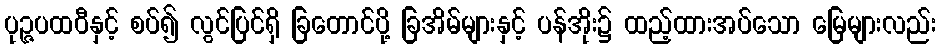
ပုဉ္ဇပထဝီနှင့် စပ်၍ လွင်ပြင်ရှိ ခြတောင်ပို့ ခြအိမ်များနှင့် ပန်အိုး၌ ထည့်ထားအပ်သော မြေများလည်း